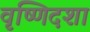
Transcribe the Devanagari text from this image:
वृष्णिदशा